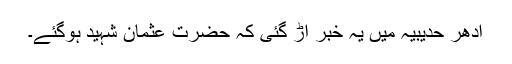
ادھر حدیبیہ میں یہ خبر اُڑ گئی کہ حضرت عثمانؓ شہید ہوگئے۔